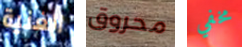
الغنية محروق مخفي